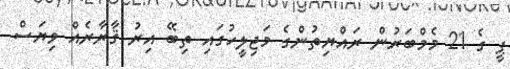
ޕީ ގެ 21 މެމްބަރުން ރައްޔިތުންގެ މަޖިލީހުގައި ތިބޭ އިރު ޤާރާރެއް ވިޔަސް